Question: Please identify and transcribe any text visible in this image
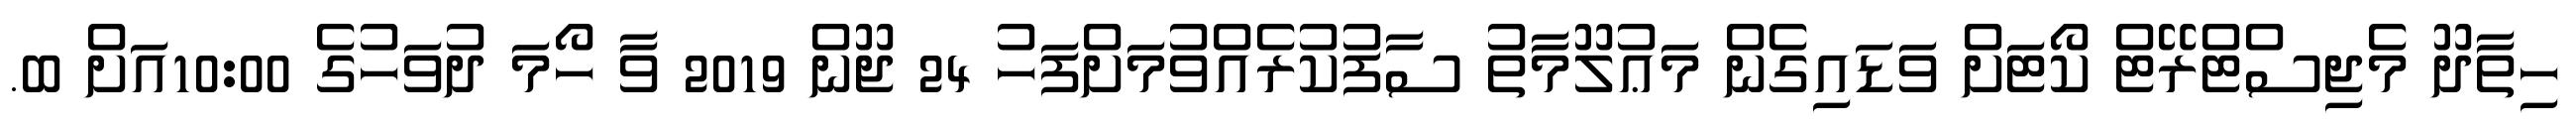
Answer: ހިތާދޫ މެޖިސްޓްރޭޓް ކޯޓަށް ވަޑައިގެން މަޢުލޫމާތު ސާފުކުރެއްވުމަށްފަހު 24 ޖޫން 2019 ވާ ހޯމަ ދުވަހުގެ 10:00އަށް ބ.